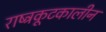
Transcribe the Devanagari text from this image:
राष्ट्रकूटकालीन